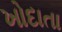
ખોદાતા